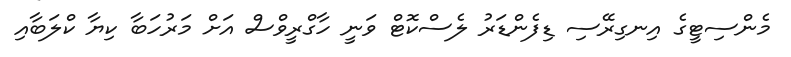
މެންސިޓީގެ އިނގިރޭސި ޑިފެންޑަރު ލެސްކޮޓް ވަނީ ހާގްރީވްސް އަށް މަރުހަބާ ކިޔާ ކްލަބާއި